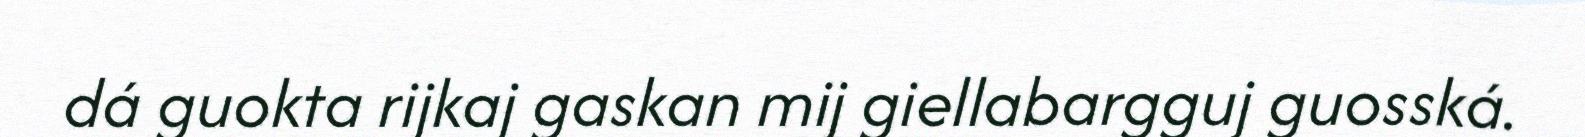
dá guokta rijkaj gaskan mij giellabargguj guosská.